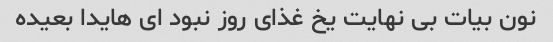
نون بیات بی نهایت یخ غذای روز نبود ای هایدا بعیده